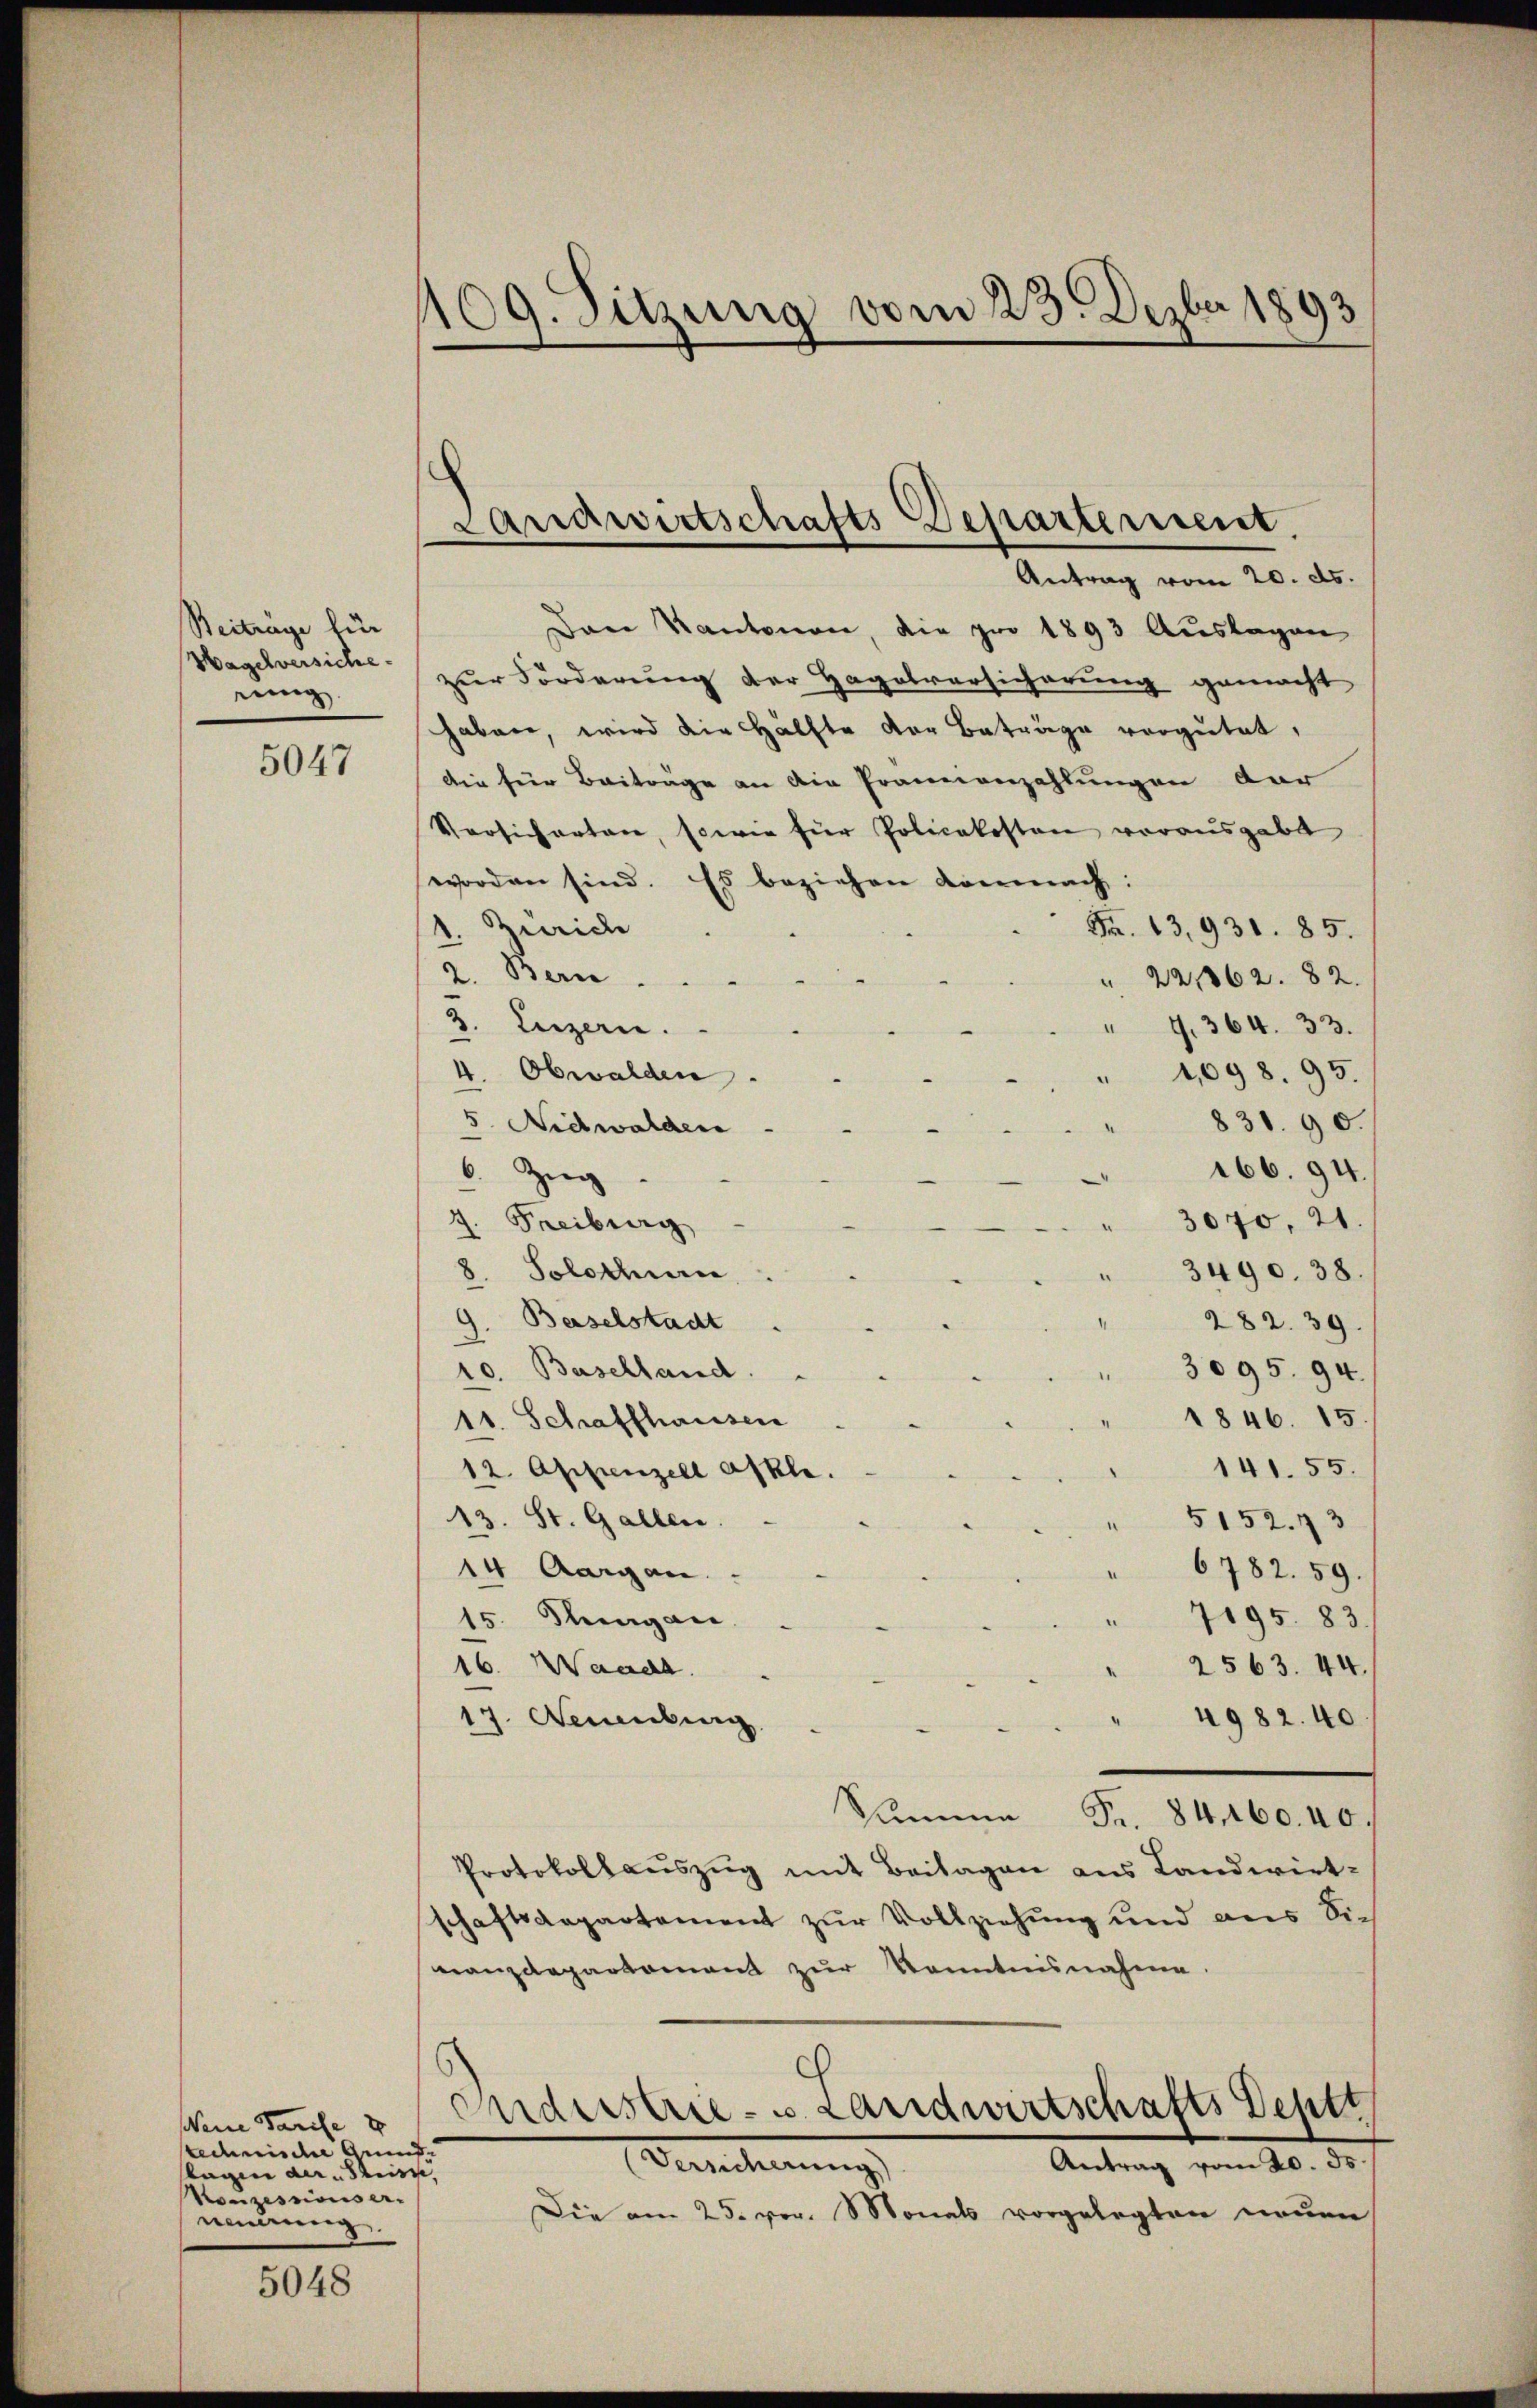
Beiträge für
Hagelversiche
jenig

5047

Weine Parise
technische Grund
slagen der Stein,
Konzessionser-
nennung

5048

109. Sitzung vom 23. Dezber 1893

Dan Kantonen, die pro 1893 Auslagen
zur Forderung der Hagelvorsicherung gemacht
haben, wird die Hälfte der Betrage vergütet,
Die für Beitrage an die Pranienzahlungen dar
Versicherten, sowie für Policekosten vorausgabt
worden sind. Es beziehen demnach:
Bride
Fr. 13,931. 85.
2. Bern.
221362. 82.
3. Luzern.
G. 364. 33.
Obwalden.
4,098. 95.
831. 90.
5. Nidwalden
166. 94.
6. Zŭg.
4. Freiburg
3070, 21
8. Solothurn
3490. 38.
9. Baselstadt
282. 39.
.
10. Beschland
3095. 94.
1846. 15
11. Schaffhausen
141. 55.
12. Appenzell askle.
13. St. Gallen.
5152. 73
6782. 59.
14 Aargau
7195. 83
15. Jungau
16. Manch
2563. 44.
17. Neuenburg
4982. 40.
Summa Fr. 84460. 40.
Protokollauszug mit Beilagen aus Landwirt-
schaftsdepartement zŭr Vollziehung und aus Sie
nanzdepartement zur Kenntnisnahme.

Landwirtschafts-Departement
Antrag vom 20. ds.

Anderstrie- u Landwirtschafts Dehtt
Berecherungs
Antrag vom 20. ds.

Die am 25. vor. Monats vorgelegten neŭen